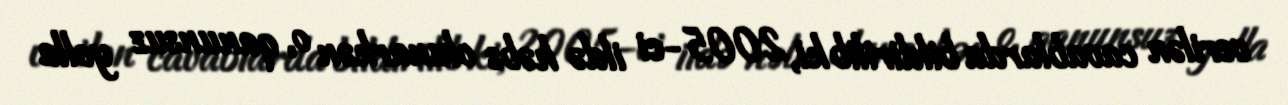
verilən cavablarda bildirilib ki, 2005-ci ildə həbs olunarkən o, qanunsuz yolla